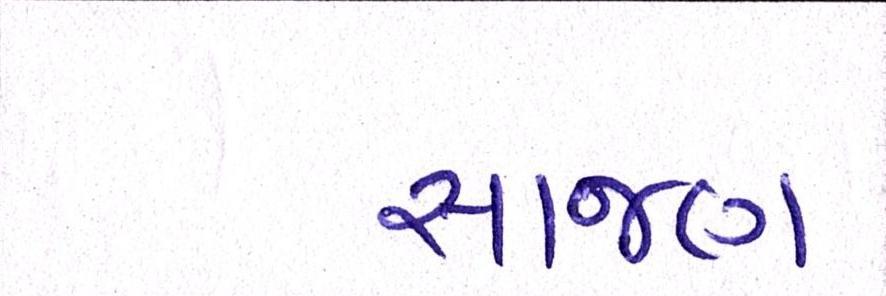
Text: સાજણ